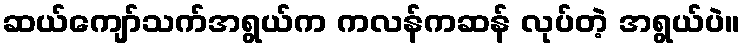
ဆယ်ကျော်သက်အရွယ်က ကလန်ကဆန် လုပ်တဲ့ အရွယ်ပဲ။